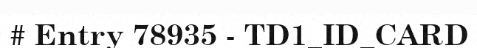
# Entry 78935 - TD1_ID_CARD